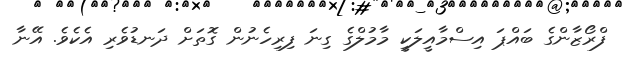
ފްރޯޒާންގެ ބައްޕަ އިސްމާއީލަކީ މާމުލްގެ ގިނަ ފިރިހެނުން ގޮތަށް ދަނޑުވެރި އެކެވެ. އޭނާ